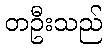
တဦးသည်